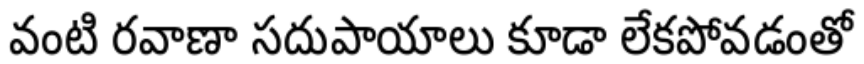
వంటి రవాణా సదుపాయాలు కూడా లేకపోవడంతో